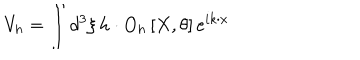
LaTeX: V _ { h } = \int d ^ { 3 } \xi \, h \cdot O _ { h } \left[ X , \theta \right] e ^ { i k \cdot x }